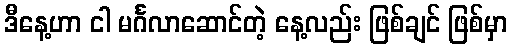
ဒီနေ့ဟာ ငါ မင်္ဂလာဆောင်တဲ့ နေ့လည်း ဖြစ်ချင် ဖြစ်မှာ